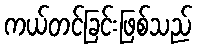
ကယ်တင်ခြင်းဖြစ်သည်